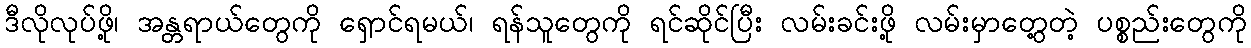
ဒီလိုလုပ်ဖို့၊ အန္တရာယ်တွေကို ရှောင်ရမယ်၊ ရန်သူတွေကို ရင်ဆိုင်ပြီး လမ်းခင်းဖို့ လမ်းမှာတွေ့တဲ့ ပစ္စည်းတွေကို